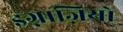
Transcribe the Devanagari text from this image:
इग्नाज़ियो